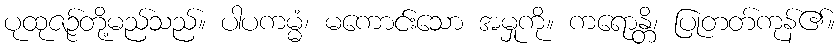
ပုထုဇဉ်တို့မည်သည်။ ပါပကမ္မံ၊ မကောင်းသော အမှုကို။ ကရောန္တိ၊ ပြုတတ်ကုန်၏။